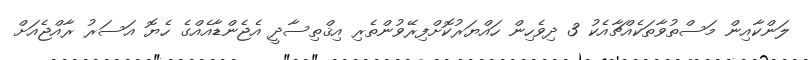
ލަންކާއިން މަސްތުވާތަކެއްޗާއެކު 3 ދިވެހިން ހައްޔަރުކޮށްފިރޭވުންތެރި އިޤްތިސާދީ އެޖެންޑާއެއްގެ ހެޔޮ އަސަރު ރާއްޖެއަށް